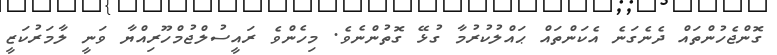
ގޮންޖެހުންތައް ދެނެގަނެ އެކަންތައް ޙައްލުކުރުމާ ގުޅޭ ގޮތުންނެވެ. މިހެންވެ ރައީސުލްޖުމްހޫރިއްޔާ ވަނީ ލާމަރުކަޒީ